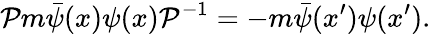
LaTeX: {\cal{P}}m\bar{\psi}(x)\psi(x){\cal{P}}^{-1}=-m\bar{\psi}(x^{\prime})\psi(x^{\prime}).